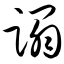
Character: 蹋